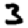
Digit: 3